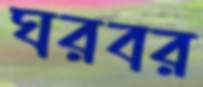
ঘরবর